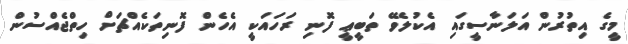
މީގެ އިތުރުން އަލަނާސީގައި އެކުލެވޭ ތަބީޢީ ފޮނި ރަހައަކީ އެހެން ފޮނިތަކެއްޗަށް ހިތްޖެއްސުން